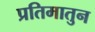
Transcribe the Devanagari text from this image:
प्रतिमातुन